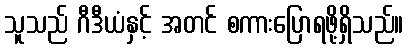
သူသည် ဂီဒီယံနှင့် အတင် စကားပြောရဖို့ရှိသည်။